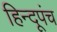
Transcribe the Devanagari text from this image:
हिन्दूपंच